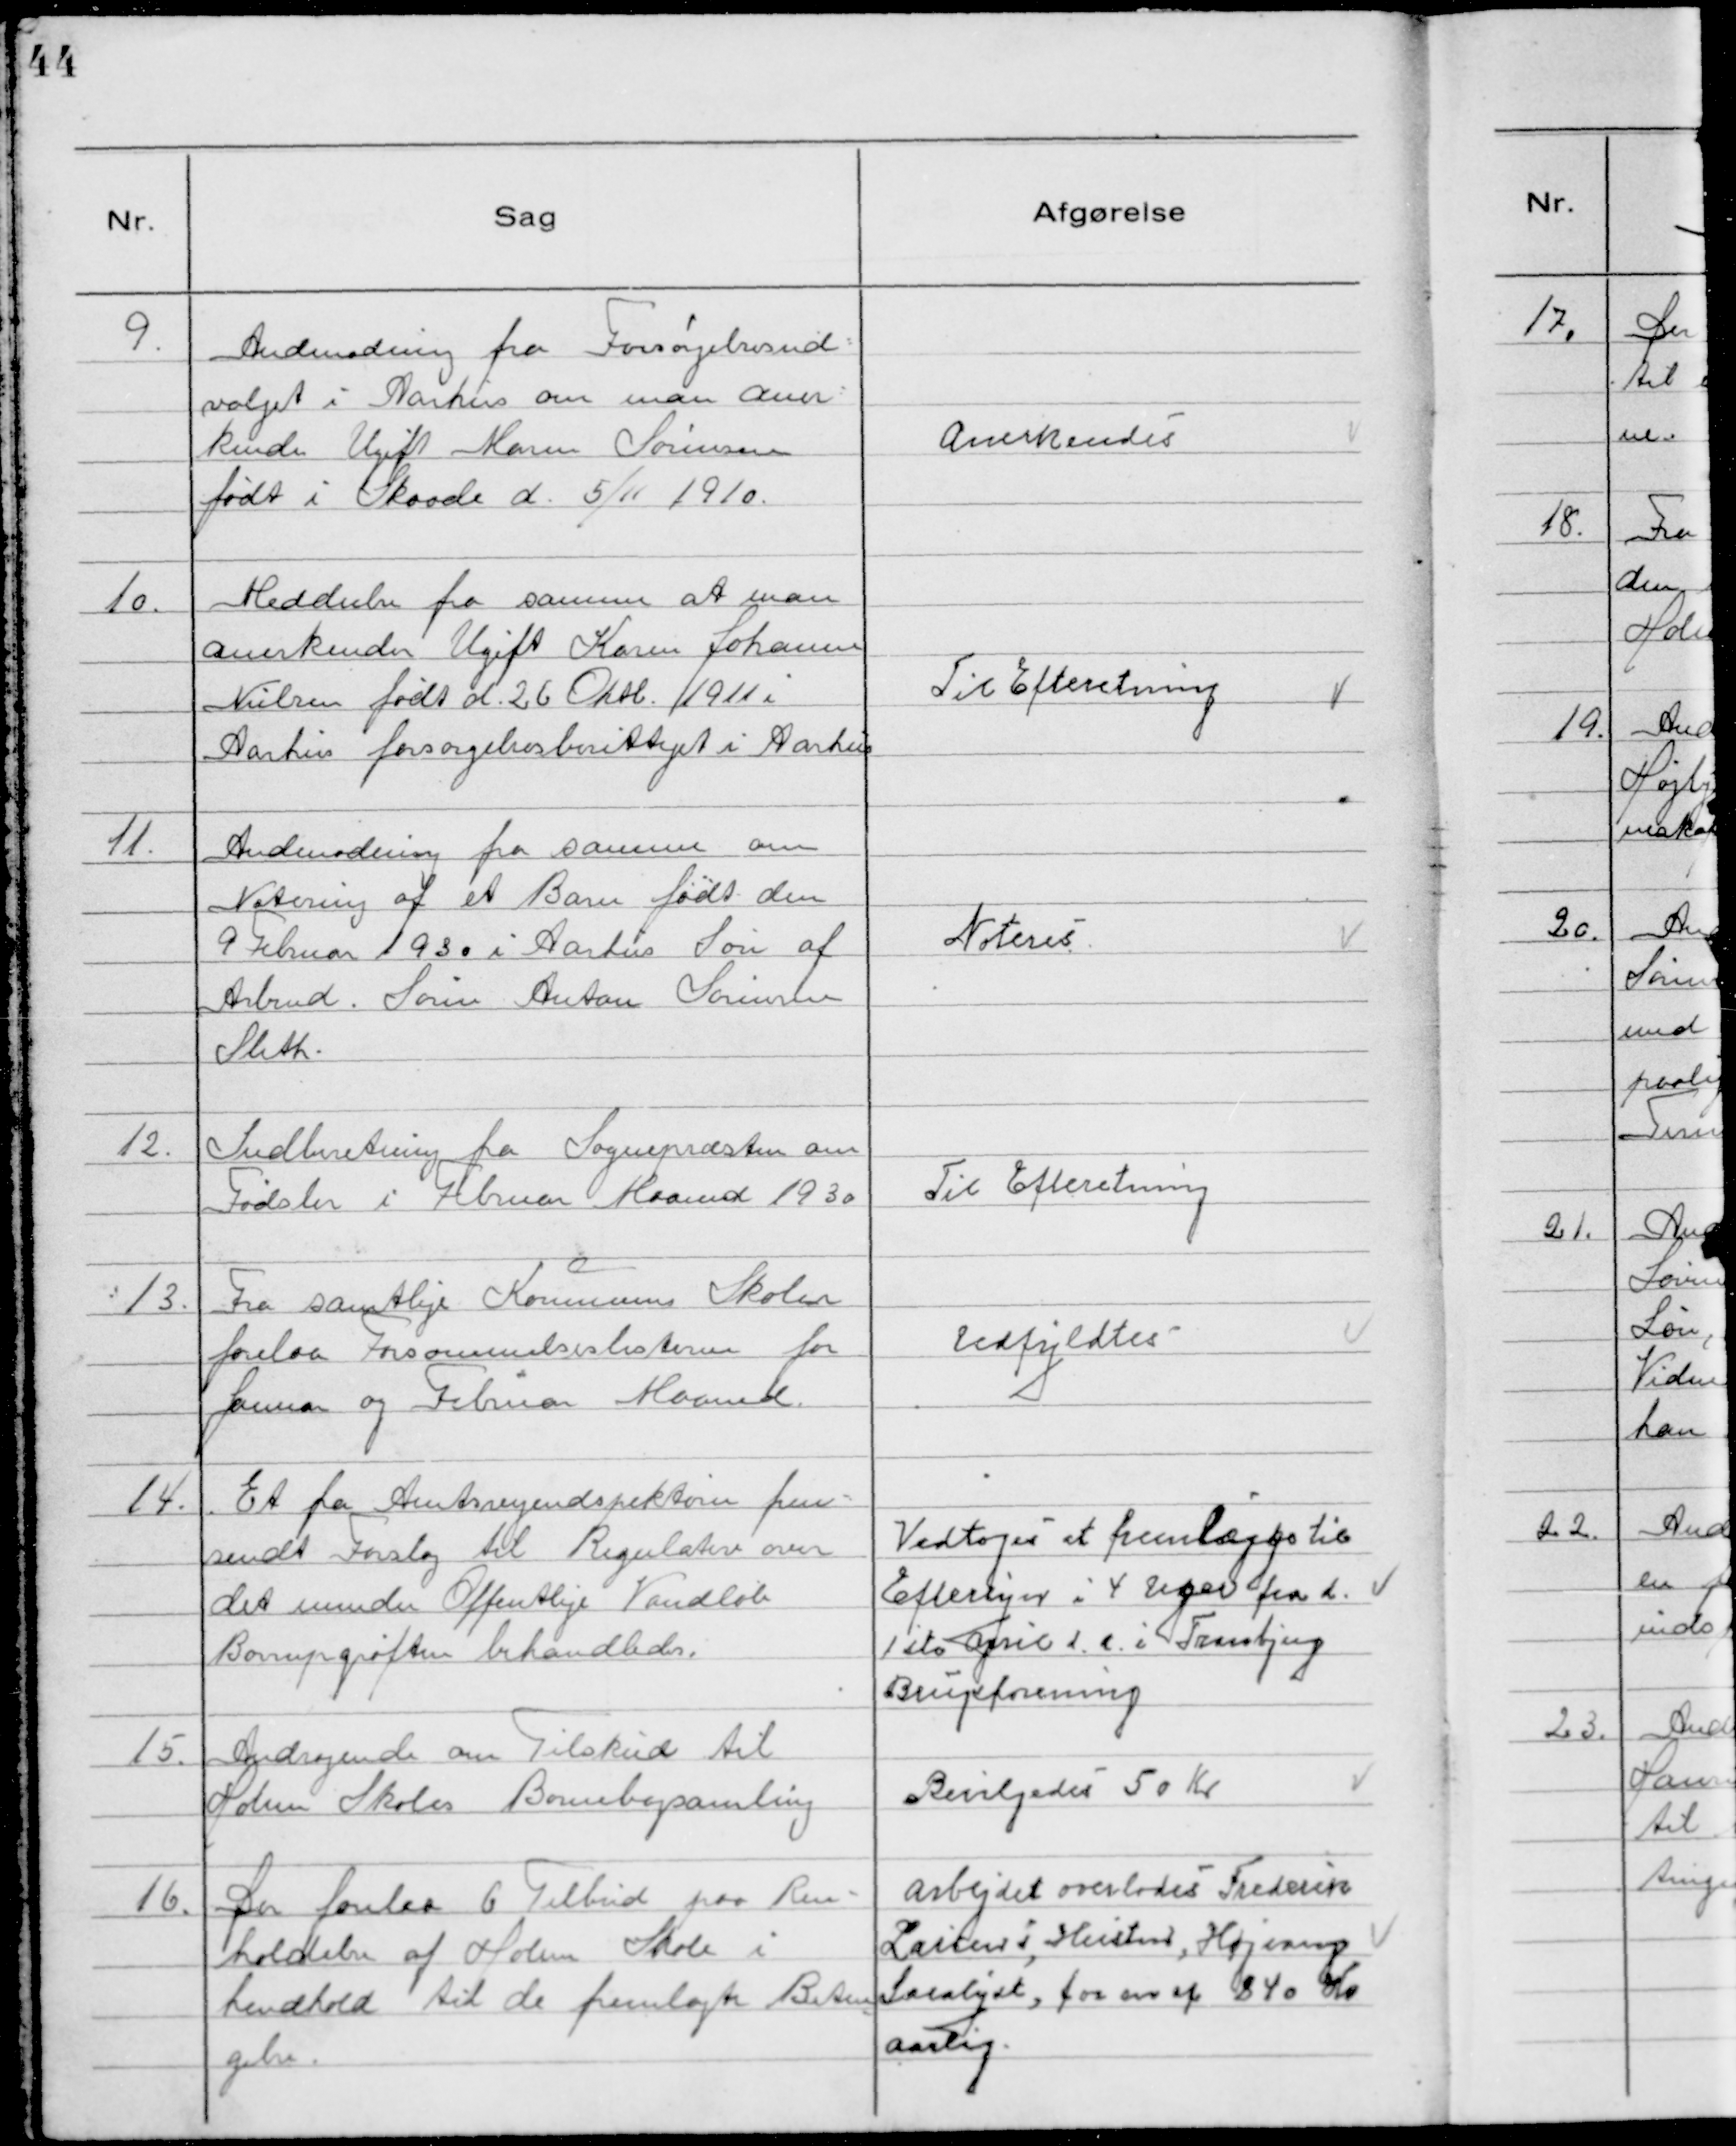
Transskription:
9. Andmodning fra Forsørgelsesud-
valget i Aarhus om man aner-
kender Ugift Maren Sørensen
født i Skaade d. 5/11 1910.

Anerkendeś

10. Meddeelse fra samme at man
anerkender Ugift Karen Johanne
Nielsen født d. 26 Oktb. 1911 i
Aarhus forsorgelsesberettiget i Aarhus

Til Efteretning

11. Andmodning fra samme om
Notering af et Barn født den
9 Februar 1930 i Aarhus Søn af
Arbmd. Søren Anton Sørensen
Sleth.

Notereś

12. Indberetning fra Sognepræsten om
Fødsler i Februar Maaned 1930

Til Efteretning

13. Fra samtlige Kommune Skoler
forelaa Forsommelseslisterne for
Januar og Februar Maaned.

Udfyldtes

14. Et fra Amtsvejindspektøren frem-
sendt Forslag til Regulativ over
det mindre Offentlige Vandløb
Borupgrøften behandledes.

Vedtoges at fremlægge til
Eftersyn i 4 uger fra d.
1ste April d.a. i Tranbjerg
Brugsforening

15. Andragende om Tilskud til
Holme Skoles Bornebogsamling

Bevilgedeś 50 Kr

16. Der forelaa 6 Tilbud paa Ren-
holdelse af Holme Skole i
hendhold til de fremlagte Betin
gelse.

Arbejdet overlodeś Frederik
Larsen´s Hustru, Højerup
Saralyst, for en af 840 Kr
Aarlig.